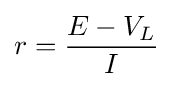
r={\frac {E-V_{L}}{I}}